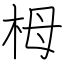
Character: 栂